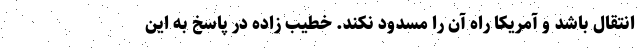
انتقال باشد و آمریکا راه آن را مسدود نکند. خطیب زاده در پاسخ به این